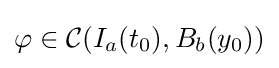
\varphi \in {\mathcal {C}}(I_{a}(t_{0}),B_{b}(y_{0}))